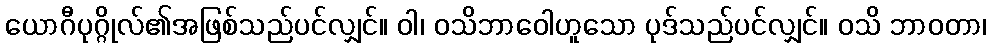
ယောဂီပုဂ္ဂိုလ်၏အဖြစ်သည်ပင်လျှင်။ ဝါ၊ ဝသိဘာဝေါဟူသော ပုဒ်သည်ပင်လျှင်။ ဝသိ ဘာဝတာ၊